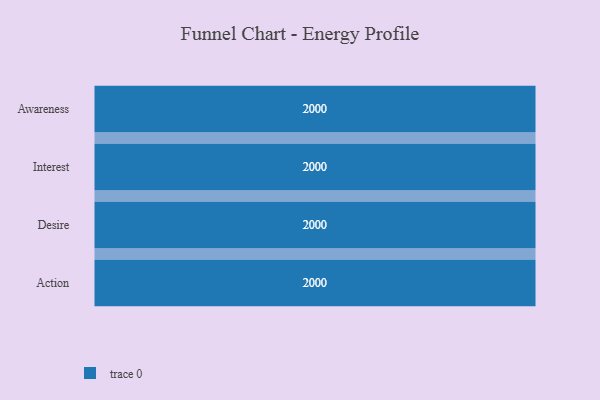
{"axis": {"x": "Stage", "y": "Value"}, "legend": [""], "data": [{"x": "Awareness", "y": 2000, "type": ""}, {"x": "Interest", "y": 2000, "type": ""}, {"x": "Desire", "y": 2000, "type": ""}, {"x": "Action", "y": 2000, "type": ""}]}